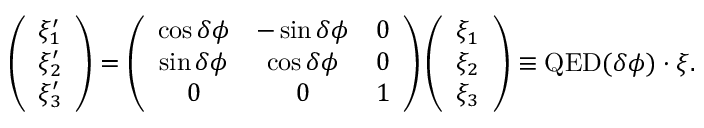
\left( \begin{array} { l } { \xi _ { 1 } ^ { \prime } } \\ { \xi _ { 2 } ^ { \prime } } \\ { \xi _ { 3 } ^ { \prime } } \end{array} \right) = \left( \begin{array} { c c c } { \cos \delta \phi } & { - \sin \delta \phi } & { 0 } \\ { \sin \delta \phi } & { \cos \delta \phi } & { 0 } \\ { 0 } & { 0 } & { 1 } \end{array} \right) \left( \begin{array} { l } { \xi _ { 1 } } \\ { \xi _ { 2 } } \\ { \xi _ { 3 } } \end{array} \right) \equiv { \mathrm { Q E D } } ( \delta \phi ) \cdot \boldsymbol { \xi } .